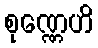
စုဏ္ဏေဟိ